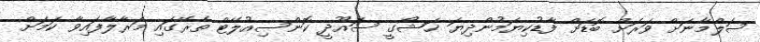
ސަލްމާނަށް ވަރަށް ބޮޑަށް ފާޑުކިޔަމުންދިޔަ ޚަޝޯގީ ސައޫދީ ކޮންސިއުލޭޓް ތެރޭގައި މަރާލާފައިވާ ކަމަށް